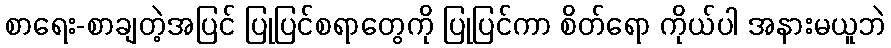
စာရေး-စာချတဲ့အပြင် ပြုပြင်စရာတွေကို ပြုပြင်ကာ စိတ်ရော ကိုယ်ပါ အနားမယူဘဲ